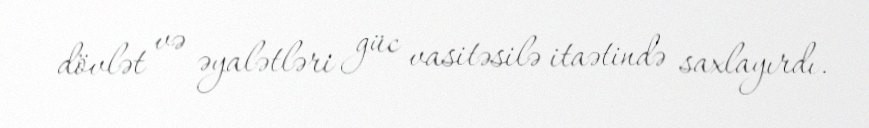
dövlət və əyalətləri güc vasitəsilə itaətində saxlayırdı.